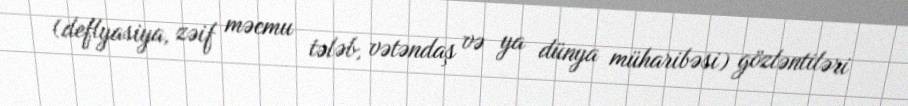
(deflyasiya, zəif məcmu tələb, vətəndaş və ya dünya müharibəsi) gözləntiləri